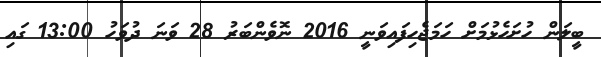
ބީލަން ހުށަހެޅުމަށް ހަމަޖެހިފައިވަނީ 2016 ނޮވެންބަރު 28 ވަނަ ދުވަހު 13:00 ގައި